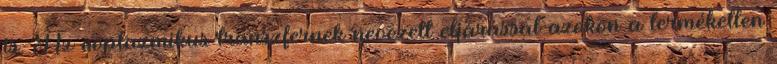
is. Az ooplazmikus transzfernek nevezett eljárással azokon a terméketlen